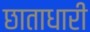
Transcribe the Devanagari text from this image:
छाताधारी